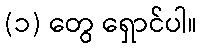
(၁) တွေ ရှောင်ပါ။